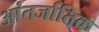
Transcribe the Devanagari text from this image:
आंतर्जातिक